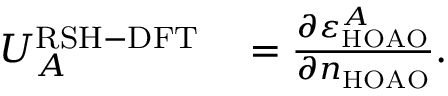
\begin{array} { r l } { U _ { A } ^ { \mathrm { R S H - D F T } } } & { { } = \frac { \partial \varepsilon _ { \mathrm { H O A O } } ^ { A } } { \partial n _ { \mathrm { H O A O } } } . } \end{array}